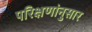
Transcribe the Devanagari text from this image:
परिक्षणांनुसार